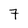
Character: 7